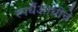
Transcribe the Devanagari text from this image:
स्पर्धैआधीचे